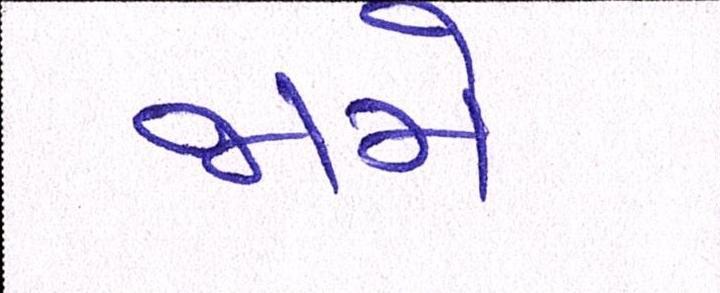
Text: જામે